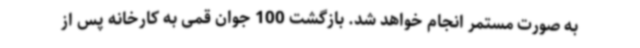
به صورت مستمر انجام خواهد شد. بازگشت 100 جوان قمی به کارخانه پس از